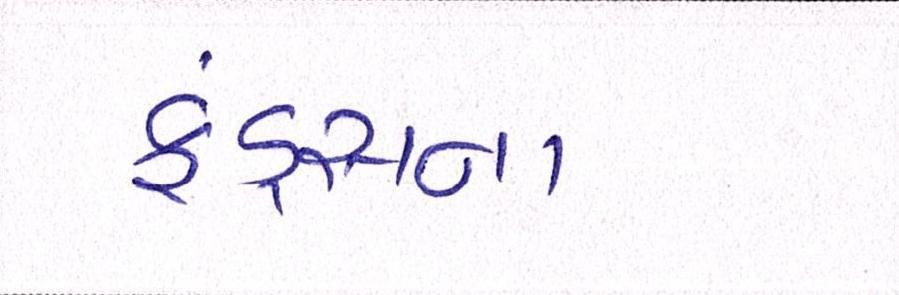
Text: ફંડ્સના